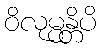
ဝိလုမ္ပန္တိပိ